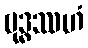
ဗုဒ္ဓဿဟံ